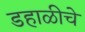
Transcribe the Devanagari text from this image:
डहाळीचे